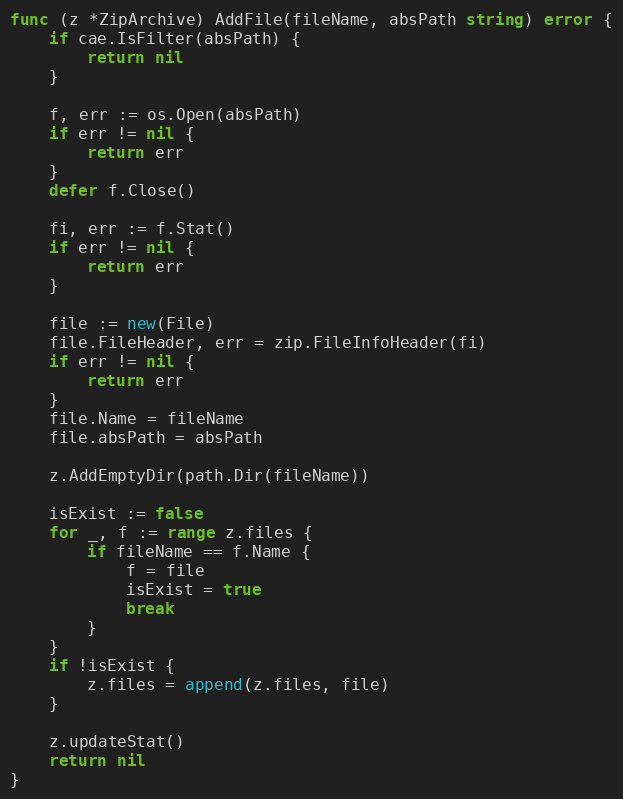
Language: Go
func (z *ZipArchive) AddFile(fileName, absPath string) error {
	if cae.IsFilter(absPath) {
		return nil
	}

	f, err := os.Open(absPath)
	if err != nil {
		return err
	}
	defer f.Close()

	fi, err := f.Stat()
	if err != nil {
		return err
	}

	file := new(File)
	file.FileHeader, err = zip.FileInfoHeader(fi)
	if err != nil {
		return err
	}
	file.Name = fileName
	file.absPath = absPath

	z.AddEmptyDir(path.Dir(fileName))

	isExist := false
	for _, f := range z.files {
		if fileName == f.Name {
			f = file
			isExist = true
			break
		}
	}
	if !isExist {
		z.files = append(z.files, file)
	}

	z.updateStat()
	return nil
}